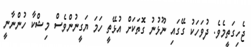
ޖެހިގަތީމެވެ. ދުވަހަކު ގޭގައި ނޫޅުނު ގޮތަކަށް އުޅޭތީ ހަމަ ޔަގީނުންވެސް މިޝްކާ ހުންނާނީ